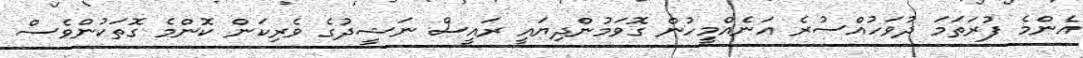
އެންމެ ފުރަތަމަ ދުވަހުއްސުރެ އަނެއްމީހުން ގޮވަމުންދިޔައީ ރައީސް ނަޝީދުގެ ވެރިކަން ކޮންމެ ގޮތަކުންވެސް